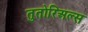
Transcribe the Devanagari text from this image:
तुतोरिअल्स